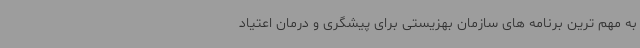
به مهم ترین برنامه های سازمان بهزیستی برای پیشگری و درمان اعتیاد